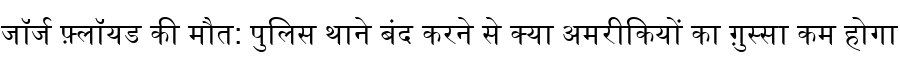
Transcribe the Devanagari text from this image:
जॉर्ज फ़्लॉयड की मौत: पुलिस थाने बंद करने से क्या अमरीकियों का ग़ुस्सा कम होगा